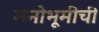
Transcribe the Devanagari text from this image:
मनोभूमीची